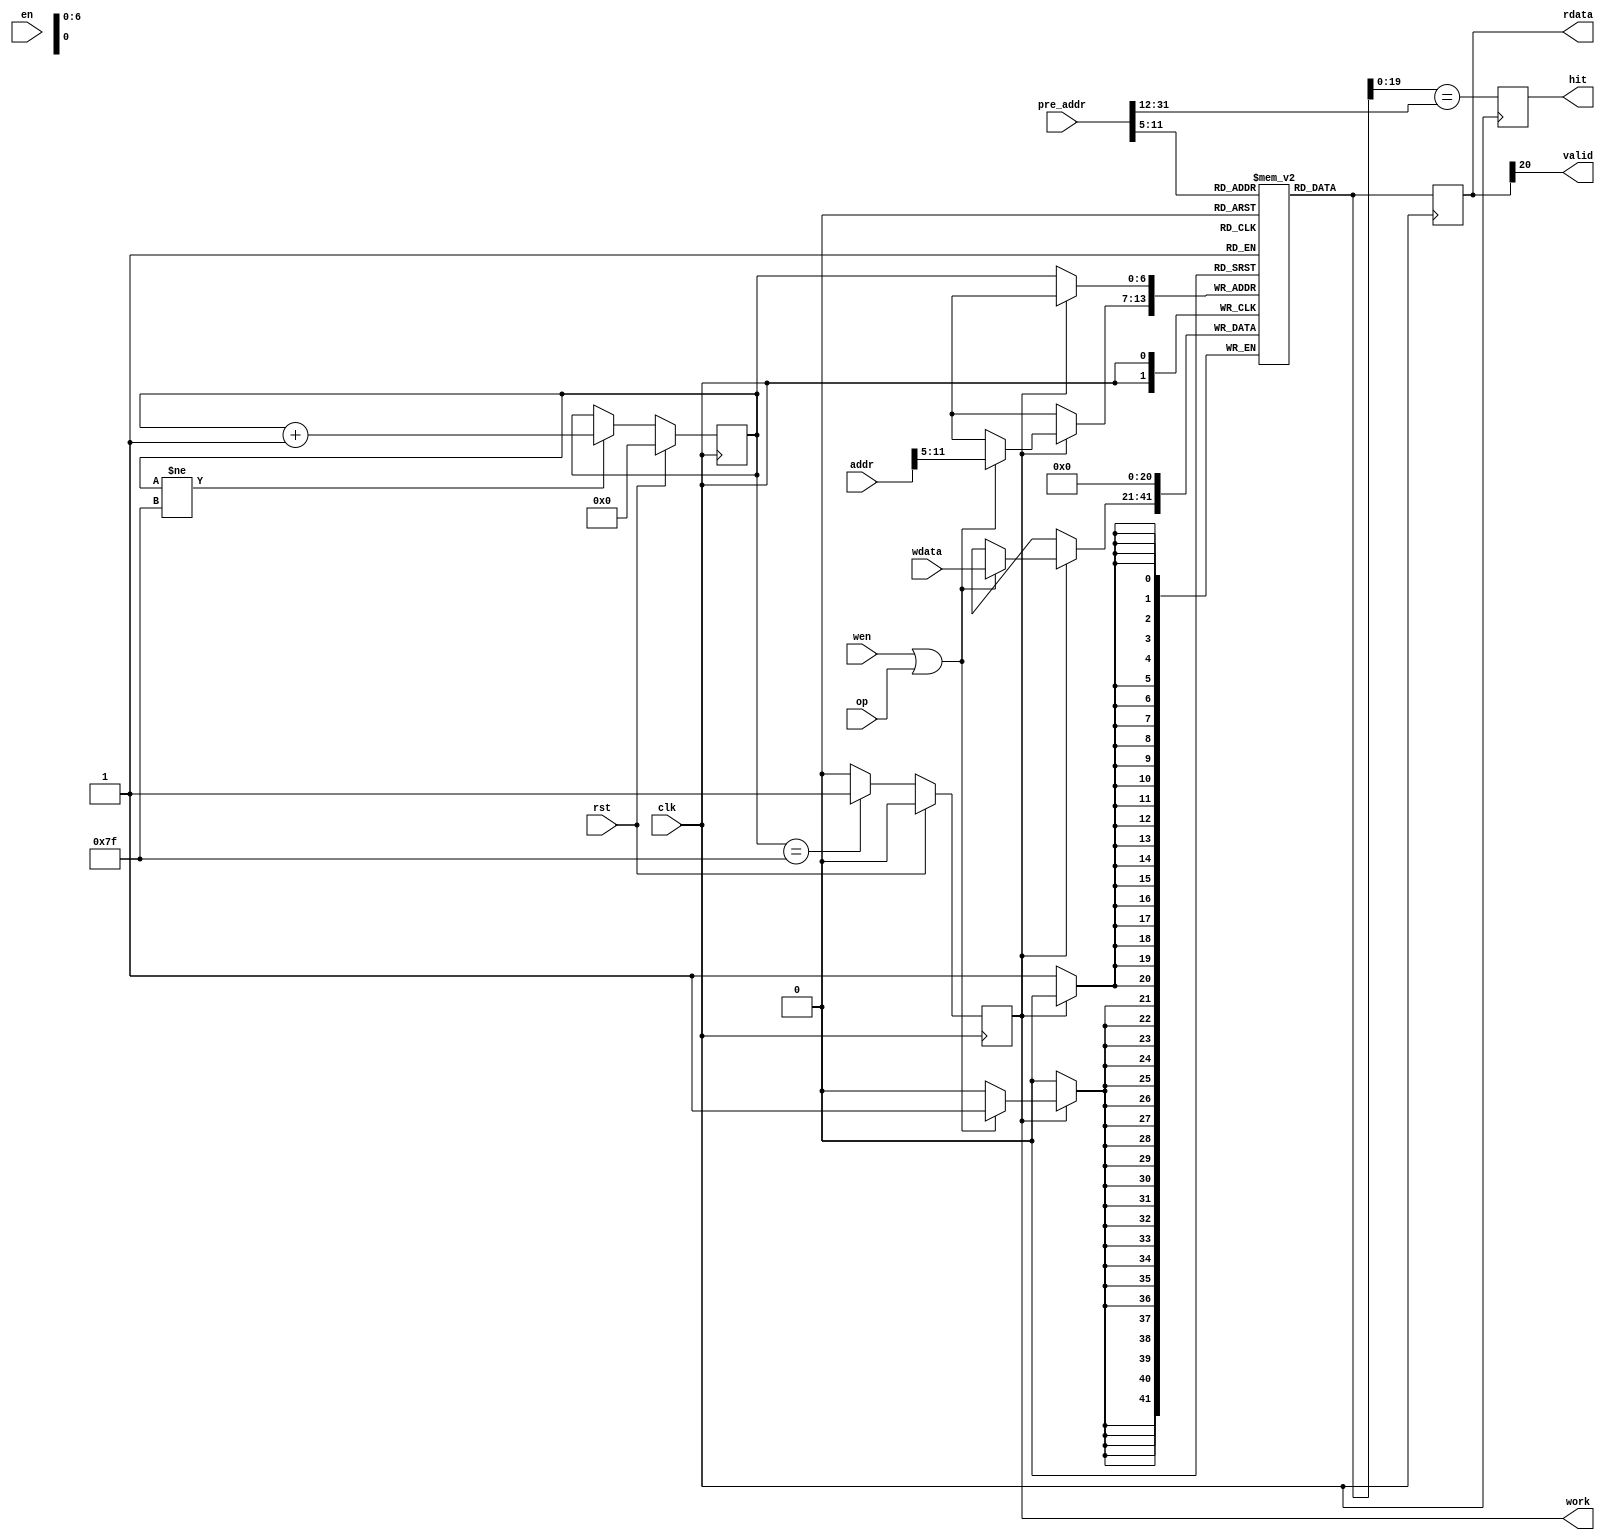
module icache_tag_pre
(
    input         clk,
    input         rst,
    input         en,
    input    [3:0] wen,
    input   [20:0] wdata,
    output  [20:0] rdata,

    input   [31:0] addr,        //input desired address to check whether hit
    output         hit,         //whether hit?
    output         valid,
    output         work,
    input   [31:0] pre_addr,
    input          op
);

reg [31:0] addr_reg;
always @(posedge clk)
	begin
		if(rst)
		begin
			addr_reg <= 32'b0;
		end
		else
		begin
			addr_reg <= addr;
		end
	end

assign valid = rdata[20];

`ifdef THIS_IS_THE_OLD_IMPLEMENTATION

assign hit = (rdata[19:0] == addr_reg[31:12]) ? 1'b1 : 1'b0;

icache_tag_ram icache_tag_ram_u
(
    .clka  (clk            ),   
//    .rsta   (rst        ),
    .ena   (en        ),
    .wea   (wen       ),   //3:0 //TBD
    .addra (addr[11:5]),   //17:0
    .dina  (wdata     ),   //31:0
    .douta (rdata     )    //31:0
);

`else

reg [6:0] reset_counter;
wire work_state;
reg work_reg;
always @(posedge clk)
begin
    if(rst)
    begin
        reset_counter <= 7'd0;
    end
    else if(reset_counter != 7'd127)
    begin
        reset_counter <= reset_counter + 7'd1;
    end
end
assign work_state = (reset_counter == 7'd127) ? 1'b1 : 1'b0;
always @(posedge clk)
begin
    if(rst)
    begin
        work_reg <= 1'd0;
    end
    else
    begin
        work_reg <= work_state;
    end
end
assign work = work_reg;
// assign work = 1'b1;

reg [20:0] tag_ram [127:0];
reg [20:0] tag_reg;

integer i;
initial begin
for (i=0;i<128;i=i+1) tag_ram[i] <= 21'd0;
end

always @(posedge clk)
begin
    if (!work) tag_ram[reset_counter] <= 21'b0;
    else if (wen || op) tag_ram[addr[11:5]] <= wdata;
end

wire [20:0] tag_out = tag_ram[pre_addr[11:5]];
always @(posedge clk) tag_reg <= tag_out;
assign rdata = tag_reg;

reg hit_reg;
always @(posedge clk) hit_reg <= tag_out[19:0] == pre_addr[31:12];
assign hit = hit_reg;

`endif


endmodule